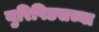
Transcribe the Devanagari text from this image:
युरिपिडसच्या